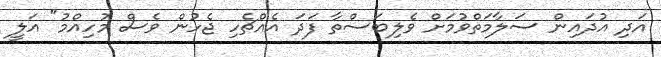
އަދި އުދައިން ސަލާމަތްވުމަށް ވެލިބަސްތާ ފަދަ އެއްޗެހި ޖެހުން ވެސް މުހިއްމު" އަލީ